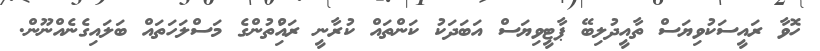
ހޮވާ ރައީސަކުވިޔަސް ތާއީދުލިބޭ ޕާޓީވިޔަސް އަބަދަކު ކަންތައް ކުރާނީ ރައްުިތުންގެ މަސްލަހަތައް ބަލައިގެނެއްނޫން.